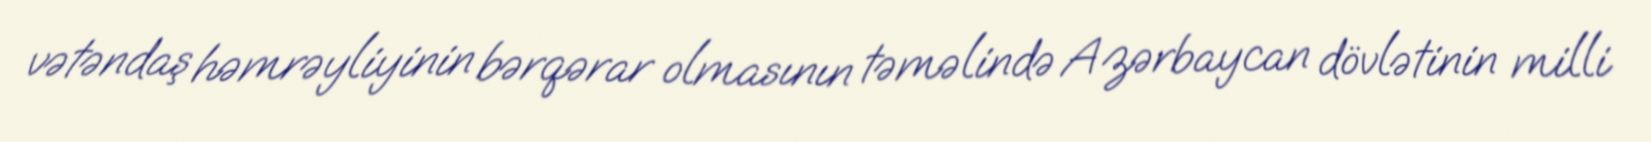
vətəndaş həmrəyliyinin bərqərar olmasının təməlində Azərbaycan dövlətinin milli